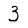
Character: 3